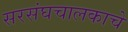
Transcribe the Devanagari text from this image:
सरसंघचालकाचे